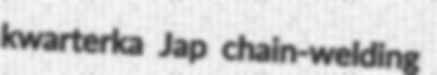
kwarterka Jap chain-welding